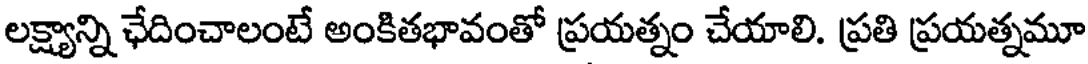
లక్ష్యాన్ని ఛేదించాలంటే అంకితభావంతో ప్రయత్నం చేయాలి. ప్రతి ప్రయత్నమూ